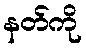
နတ်ကို